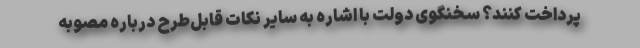
پرداخت کنند؟ سخنگوی دولت با اشاره به سایر نکات قابل‌طرح درباره مصوبه